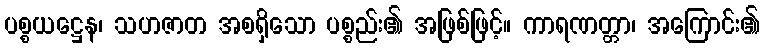
ပစ္စယဋ္ဌေန၊ သဟဇာတ အစရှိသော ပစ္စည်း၏ အဖြစ်ဖြင့်။ ကာရဏတ္တာ၊ အကြောင်း၏